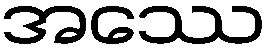
အဿေ